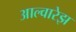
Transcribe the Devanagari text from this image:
आल्वारेझ